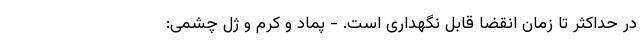
در حداکثر تا زمان انقضا قابل نگهداری است. - پماد و کرم و ژل چشمی: